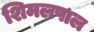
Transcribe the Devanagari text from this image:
शिमलपाल